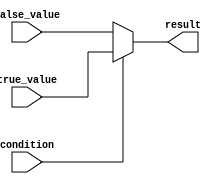
module conditional_operator (
    input wire condition,
    input wire true_value,
    input wire false_value,
    output wire result
);

    assign result = condition ? true_value : false_value;

endmodule